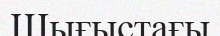
Шығыстағы